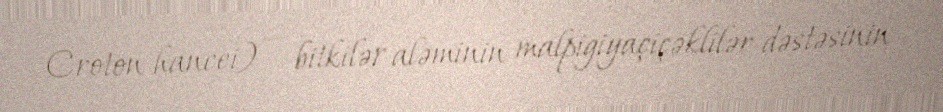
Croton hancei) — bitkilər aləminin malpigiyaçiçəklilər dəstəsinin